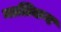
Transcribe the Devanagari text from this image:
मालिकन